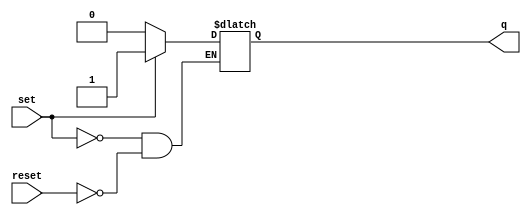
// See LICENSE for license details.
module SRLatch (
  input set,
  input reset,
  output q
);

  reg latch;

  // synopsys async_set_reset "set"
  // synopsys one_hot "set, reset"
  always @(set or reset)
  begin
    if (set)
      latch <= 1'b1;
    else if (reset)
      latch <= 1'b0;
  end

  assign q = latch;

endmodule